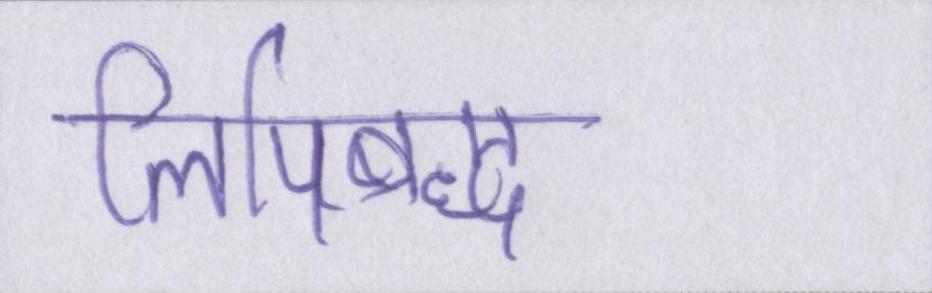
लिपिबद्ध